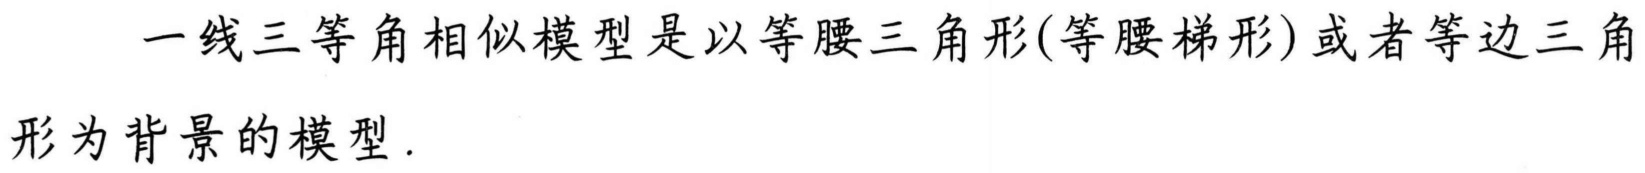
一线三等角相似模型是以等腰三角形(等腰梯形)或者等边三角形为背景的模型.